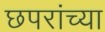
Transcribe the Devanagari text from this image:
छपरांच्या